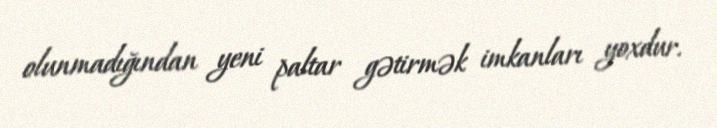
olunmadığından yeni paltar gətirmək imkanları yoxdur.